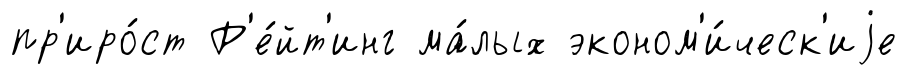
пр'иро́ст Р'е́йт'инг ма́лых эконом'и́ческ'иjе